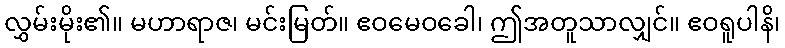
လွှမ်းမိုး၏။ မဟာရာဇ၊ မင်းမြတ်။ ဧဝမေဝခေါ၊ ဤအတူသာလျှင်။ ဧဝရူပါနိ၊